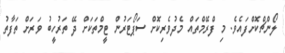
ލޯންޗްކޮށްފައެވެ. މި ފްރޭމްތައް މެދުވެރިކޮށް ސަޕޯޓަރުން ޓީމްތަކަށް ދޭ ތަރުހީބު ވަރަށް ތަފާތު